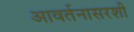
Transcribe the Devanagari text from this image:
आवर्तनासरशी